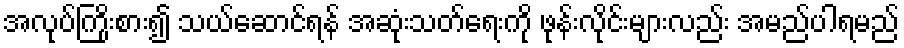
အလုပ်ကြိုးစား၍ သယ်ဆောင်ရန် အဆုံးသတ်ရေးကို ဖုန်းလိုင်းများလည်း အမည်ပါရမည်